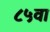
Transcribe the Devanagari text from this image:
८५वा